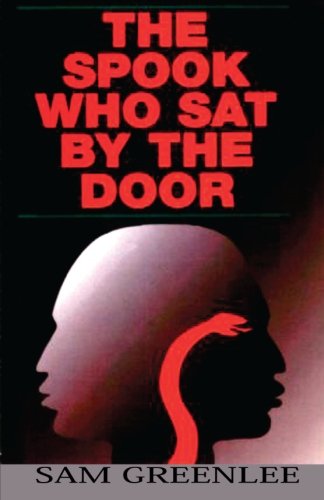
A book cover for The Spook Who Sat By the Door; Sam Greenlee; Reference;